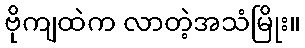
ဗိုကျထဲက လာတဲ့အသံမြိုး။